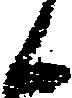
候